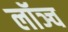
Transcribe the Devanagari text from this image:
लॉञ्च